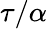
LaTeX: \tau/\alpha